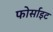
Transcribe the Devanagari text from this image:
फोर्साइट